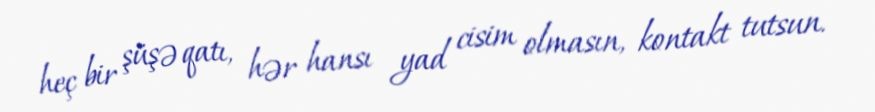
heç bir şüşə qatı, hər hansı yad cisim olmasın, kontakt tutsun.